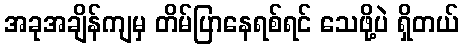
အခုအချိန်ကျမှ တိမ်ပြာနေရစ်ရင် သေဖို့ပဲ ရှိတယ်